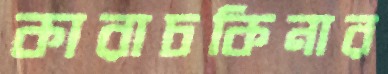
কারাচকিনার